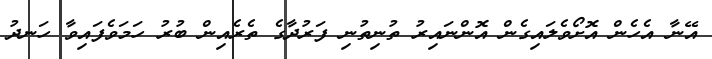
އޭނާ އެހެން އޮށޯވެލައިގެން އޮންނައިރު ތުނިތުނި ފަރުދާގެ ތެރެއިން ބުރު ހަމަވެފައިވާ ހަނދު